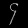
Digit: ၄